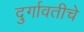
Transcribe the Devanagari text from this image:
दुर्गावतीचे